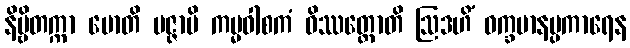
နိဗ္ဗိတက္ကာ မောတိ မဇ္ဇာမိ ကမ္မဝါစကံ ဝိဿတ္ထောတိ ဩဒဟိံ ဝက္ခမာနပ္ပကာရေန